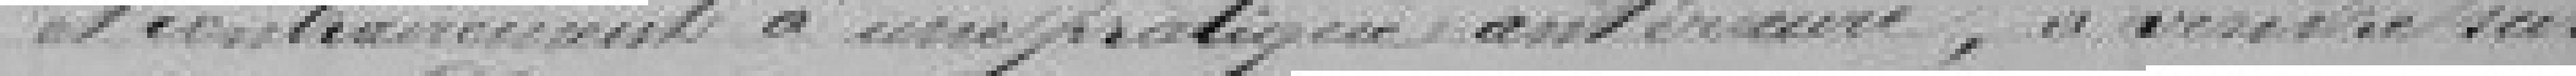
et contrairement à une pratique antérieure, à vendre sur